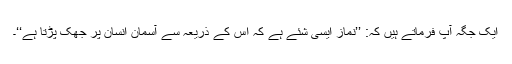
ایک جگہ آپ فرماتے ہیں کہ: ’’نماز ایسی شئے ہے کہ اس کے ذریعہ سے آسمان انسان پر جھک پڑتا ہے‘‘۔